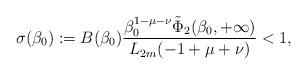
LaTeX: \begin{align*} \sigma(\beta_0):=B(\beta_0) \dfrac{\beta_0^{1-\mu-\nu}\Tilde{\Phi}_2(\beta_0,+\infty)}{L_{2m}(-1+\mu+\nu)}<1,\end{align*}